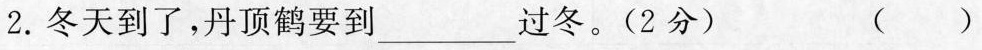
2.冬天到了，丹顶鹤要到___过冬。(2分) ( )A